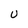
Character: U